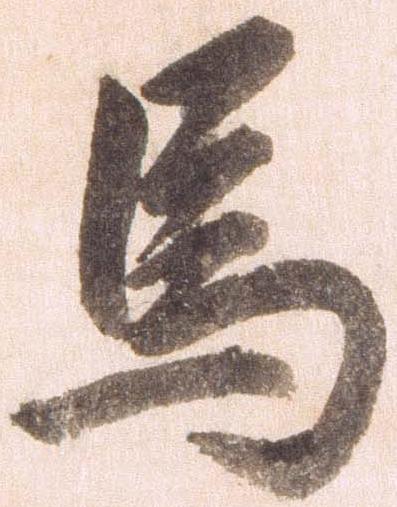
馬